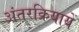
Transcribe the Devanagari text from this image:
अंतरक्रियायें